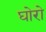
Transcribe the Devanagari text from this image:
घोरो